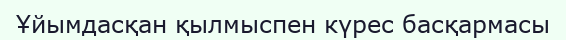
Ұйымдасқан қылмыспен күрес басқармасы